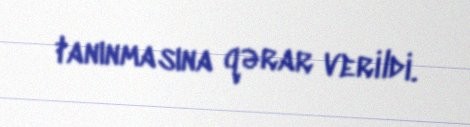
tanınmasına qərar verildi.